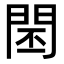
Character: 𨴈